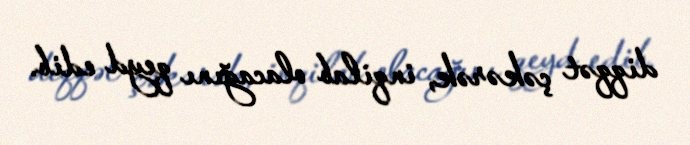
diqqət çəkərək, inqilab olacağını qeyd edib.